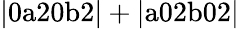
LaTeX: \mathrm{|0a20b2|+|a02b02|}